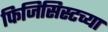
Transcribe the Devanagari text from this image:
फिजिसिस्टच्या